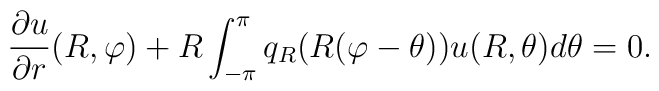
{\partial u \over \partial r}(R,\varphi)+R \int_{-\pi}^{\pi} q_{R}(R(\varphi-\theta))u(R,\theta)d\theta=0.